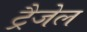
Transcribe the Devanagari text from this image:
ट्रैजेल